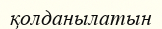
қолданылатын